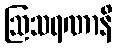
ဩသရဏာနိ